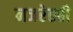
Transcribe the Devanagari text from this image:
नजरेतही